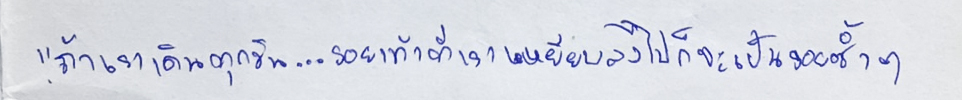
"ถ้าเราเดินทุกวัน...รอยเท้าที่เราเหยียบลงไปก็จะเป็นรอยช้ำๆ